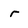
Character: r